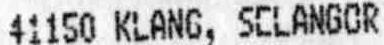
41150 KLANG, SELANGOR